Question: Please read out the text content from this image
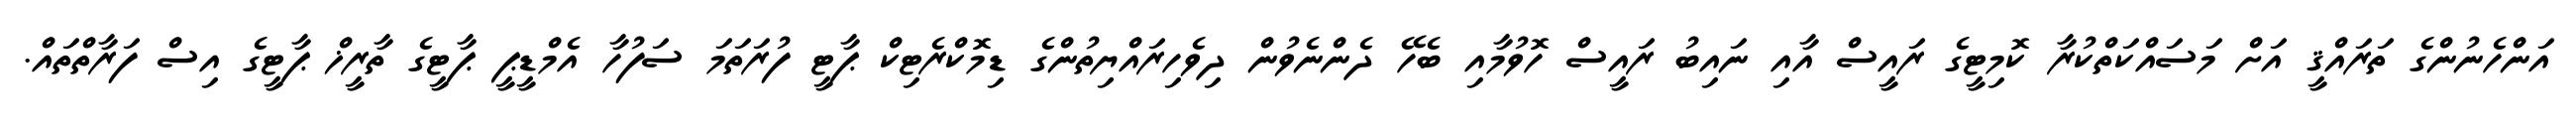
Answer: އަންހެނުންގެ ތަރައްޤީ އަށް މަސައްކަތްކުރާ ކޮމިޓީގެ ރައީސް އާއި ނައިބު ރައީސް ހޮވުމާއި ބެހޭ ދެންނެވުން ދިވެހިރައްޔިތުންގެ ޑިމޮކްރެޓިކް ޕާޓީ ފުރަތަމަ ސަފުހާ އެމްޑީޕީ ޕާޓީގެ ތާރީޚް ޕާޓީގެ އިސް ފަރާތްތައް.